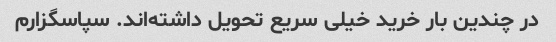
در چندین بار خرید خیلی سریع تحویل داشته‌اند. سپاسگزارم